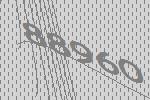
88960